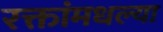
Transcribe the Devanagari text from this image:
रक्तांमधल्या